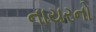
નાયરનો